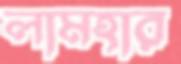
লামহার